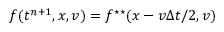
f ( t ^ { n + 1 } , x , v ) = f ^ { \star \star } ( x - v \Delta t / 2 , v )